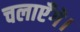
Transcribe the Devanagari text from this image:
चलाएँगे।